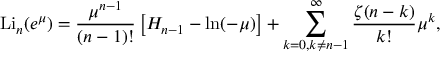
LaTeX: \operatorname { L i } _ { n } ( e ^ { \mu } ) = { \frac { \mu ^ { n - 1 } } { ( n - 1 ) ! } } \left[ H _ { n - 1 } - \ln ( - \mu ) \right] + \sum _ { k = 0 , k \neq n - 1 } ^ { \infty } { \frac { \zeta ( n - k ) } { k ! } } \mu ^ { k } ,